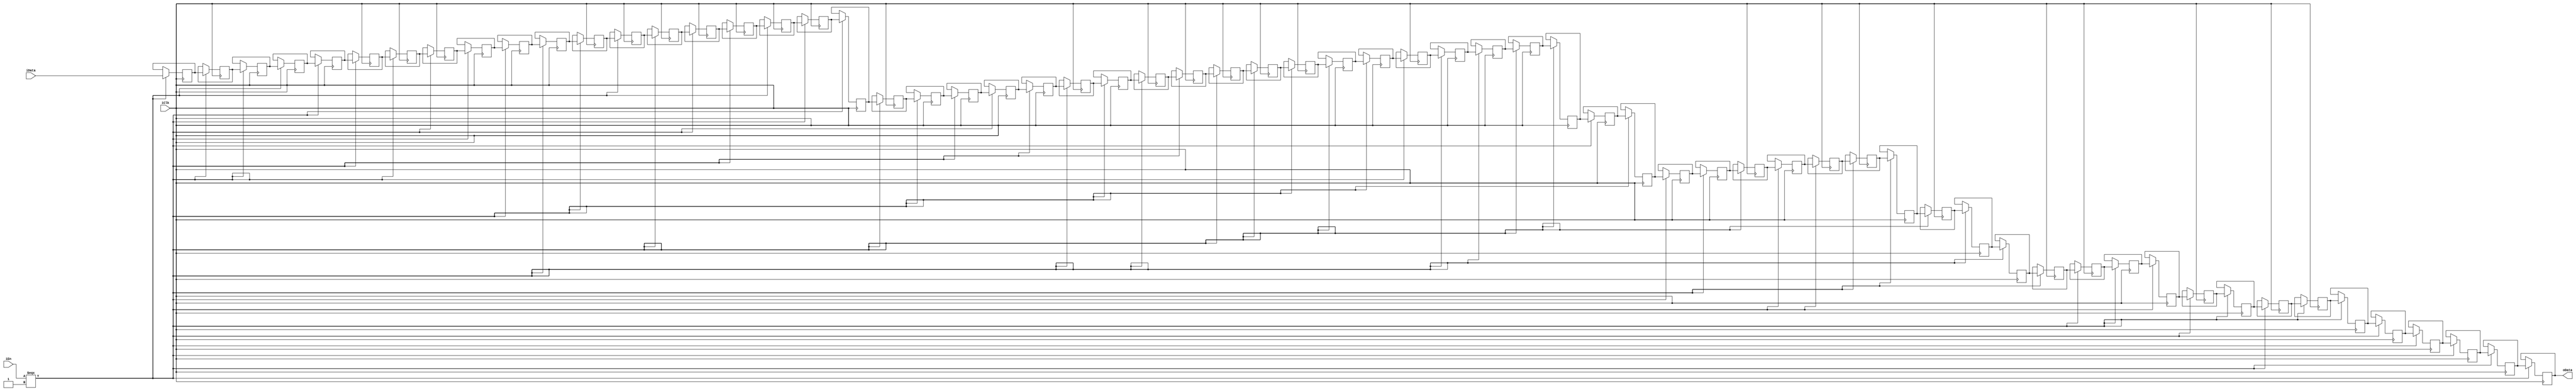
// --------------------------------------------------------------------------------
//  Company: MSI
//  Design Name: 
//  Module Name:    Buffer_FIFO - Behavioral 
//  Project Name: FFT_R2SDF
//  Revision 0.01 - File Created
//  Additional Comments: 
// --------------------------------------------------------------------------------

`define false 1'b 0
`define FALSE 1'b 0
`define true 1'b 1
`define TRUE 1'b 1

`timescale 1 ns / 1 ns // timescale for following modules


module buffer_64 (
   iClk,
   iEn,
   iData,
   oData);
 

input   iClk; 
input   iEn; 
input   [21:0] iData; 
output   [21:0] oData; 

wire    [21:0] oData; 
reg     [21:0] memory [63:0]; 

assign oData = memory[63]; 

always @(posedge iClk)
   begin : process_1
   if (iClk === 1'b 1)
      begin
      if (iEn === 1'b 1)
         begin
         memory[63] <= memory[62];   
         memory[62] <= memory[61];   
         memory[61] <= memory[60];   
         memory[60] <= memory[59];   
         memory[59] <= memory[58];   
         memory[58] <= memory[57];   
         memory[57] <= memory[56];   
         memory[56] <= memory[55];   
         memory[55] <= memory[54];   
         memory[54] <= memory[53];   
         memory[53] <= memory[52];   
         memory[52] <= memory[51];   
         memory[51] <= memory[50];   
         memory[50] <= memory[49];   
         memory[49] <= memory[48];   
         memory[48] <= memory[47];   
         memory[47] <= memory[46];   
         memory[46] <= memory[45];   
         memory[45] <= memory[44];   
         memory[44] <= memory[43];   
         memory[43] <= memory[42];   
         memory[42] <= memory[41];   
         memory[41] <= memory[40];   
         memory[40] <= memory[39];   
         memory[39] <= memory[38];   
         memory[38] <= memory[37];   
         memory[37] <= memory[36];   
         memory[36] <= memory[35];   
         memory[35] <= memory[34];   
         memory[34] <= memory[33];   
         memory[33] <= memory[32];   
         memory[32] <= memory[31];   
         memory[31] <= memory[30];   
         memory[30] <= memory[29];   
         memory[29] <= memory[28];   
         memory[28] <= memory[27];   
         memory[27] <= memory[26];   
         memory[26] <= memory[25];   
         memory[25] <= memory[24];   
         memory[24] <= memory[23];   
         memory[23] <= memory[22];   
         memory[22] <= memory[21];   
         memory[21] <= memory[20];   
         memory[20] <= memory[19];   
         memory[19] <= memory[18];   
         memory[18] <= memory[17];   
         memory[17] <= memory[16];   
         memory[16] <= memory[15];   
         memory[15] <= memory[14];   
         memory[14] <= memory[13];   
         memory[13] <= memory[12];   
         memory[12] <= memory[11];   
         memory[11] <= memory[10];   
         memory[10] <= memory[9];   
         memory[9] <= memory[8];   
         memory[8] <= memory[7];   
         memory[7] <= memory[6];   
         memory[6] <= memory[5];   
         memory[5] <= memory[4];   
         memory[4] <= memory[3];   
         memory[3] <= memory[2];   
         memory[2] <= memory[1];   
         memory[1] <= memory[0];   
         memory[0] <= iData;   
         end
      else
         ;
      end
   end


endmodule // module buffer_64